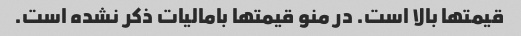
قیمتها بالا است. در منو قیمتها بامالیات ذکر نشده است.